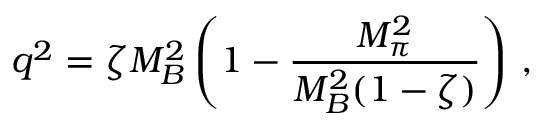
q ^ { 2 } = \zeta M _ { B } ^ { 2 } \left( 1 - \frac { M _ { \pi } ^ { 2 } } { M _ { B } ^ { 2 } ( 1 - \zeta ) } \right) \, ,